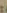
: